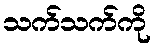
သက်သက်ကို